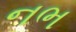
નભ